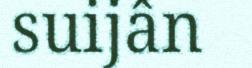
suijân